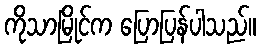
ကိုသာမြိုင်က ပြောပြန်ပါသည်။